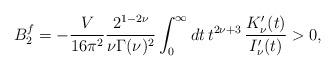
LaTeX: \begin{align*}B_2^f=-\frac{V}{16\pi^2}\frac{2^{1-2\nu}}{\nu \Gamma(\nu)^2}\int_0^\infty dt\,t^{2\nu+3}\,\frac{K_\nu '(t)}{I_\nu '(t)} >0,\end{align*}